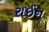
રાઈન